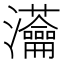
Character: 𤅢